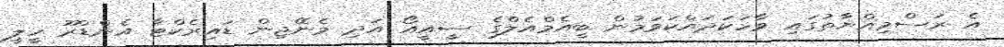
އެ ރަސްމިއްޔާތުގައި ވާހަކަދައްކަވަމުން ބީއެމްއެލްގެ ސީއީއޯ އަދި މެނޭޖިން ޑައިރެކްޓާ އެންޑްރޫ ހީލީ